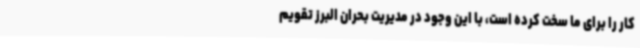
کار را برای ما سخت کرده است، با این وجود در مدیریت بحران البرز تقویم